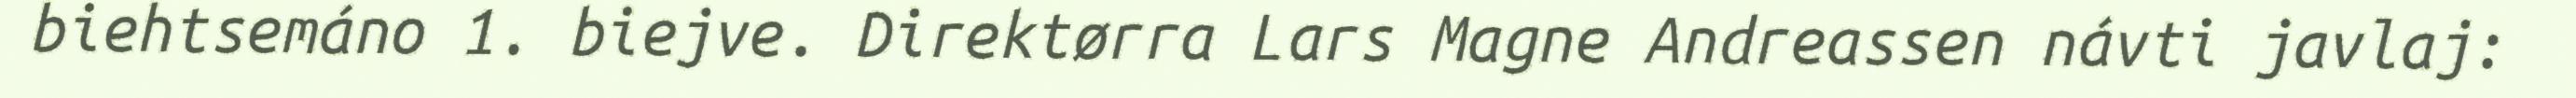
biehtsemáno 1. biejve. Direktørra Lars Magne Andreassen návti javlaj: